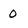
Character: 0